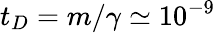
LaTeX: t_{D}=m/\gamma\simeq 10^{-9}